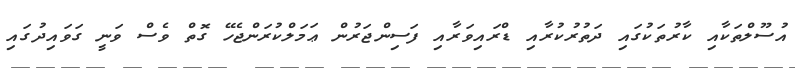
އުސޫލްތަކާއި ކާރުތަކުގައި ދަތުރުކުރާއި ޑްރައިވަރާއި ފަސިންޖަރުން ޢަމަލްކުރަންޖެހޭ ގޮތް ވެސް ވަނީ ގަވައިދުގައި